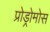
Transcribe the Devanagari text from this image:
प्रोड्रोमोस